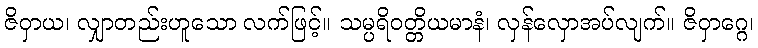
ဇိဝှာယ၊ လျှာတည်းဟူသော လက်ဖြင့်။ သမ္ပရိဝတ္တိယမာနံ၊ လှန်လှောအပ်လျက်။ ဇိဝှာဂ္ဂေ၊